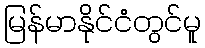
မြန်မာနိုင်ငံတွင်မူ